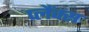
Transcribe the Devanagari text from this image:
प्लैंक्स